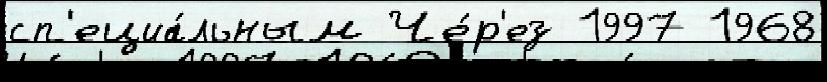
сп'ециа́льным Че́р'ез 1997 1968